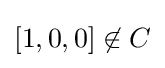
[1,0,0]\not \in C